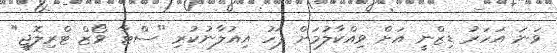
ވަނަ އަހަރު ޑިޒްނީ އަށް ވިއްކާލުމަށް ފަހު އިއުލާނުކުރި "ސްޓާ ވޯޒް ޓްރިލޮޖީ"